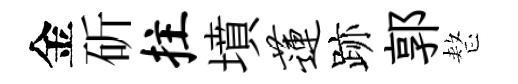
金斫拄墳莲跡郭整